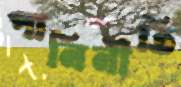
পানিনীতি